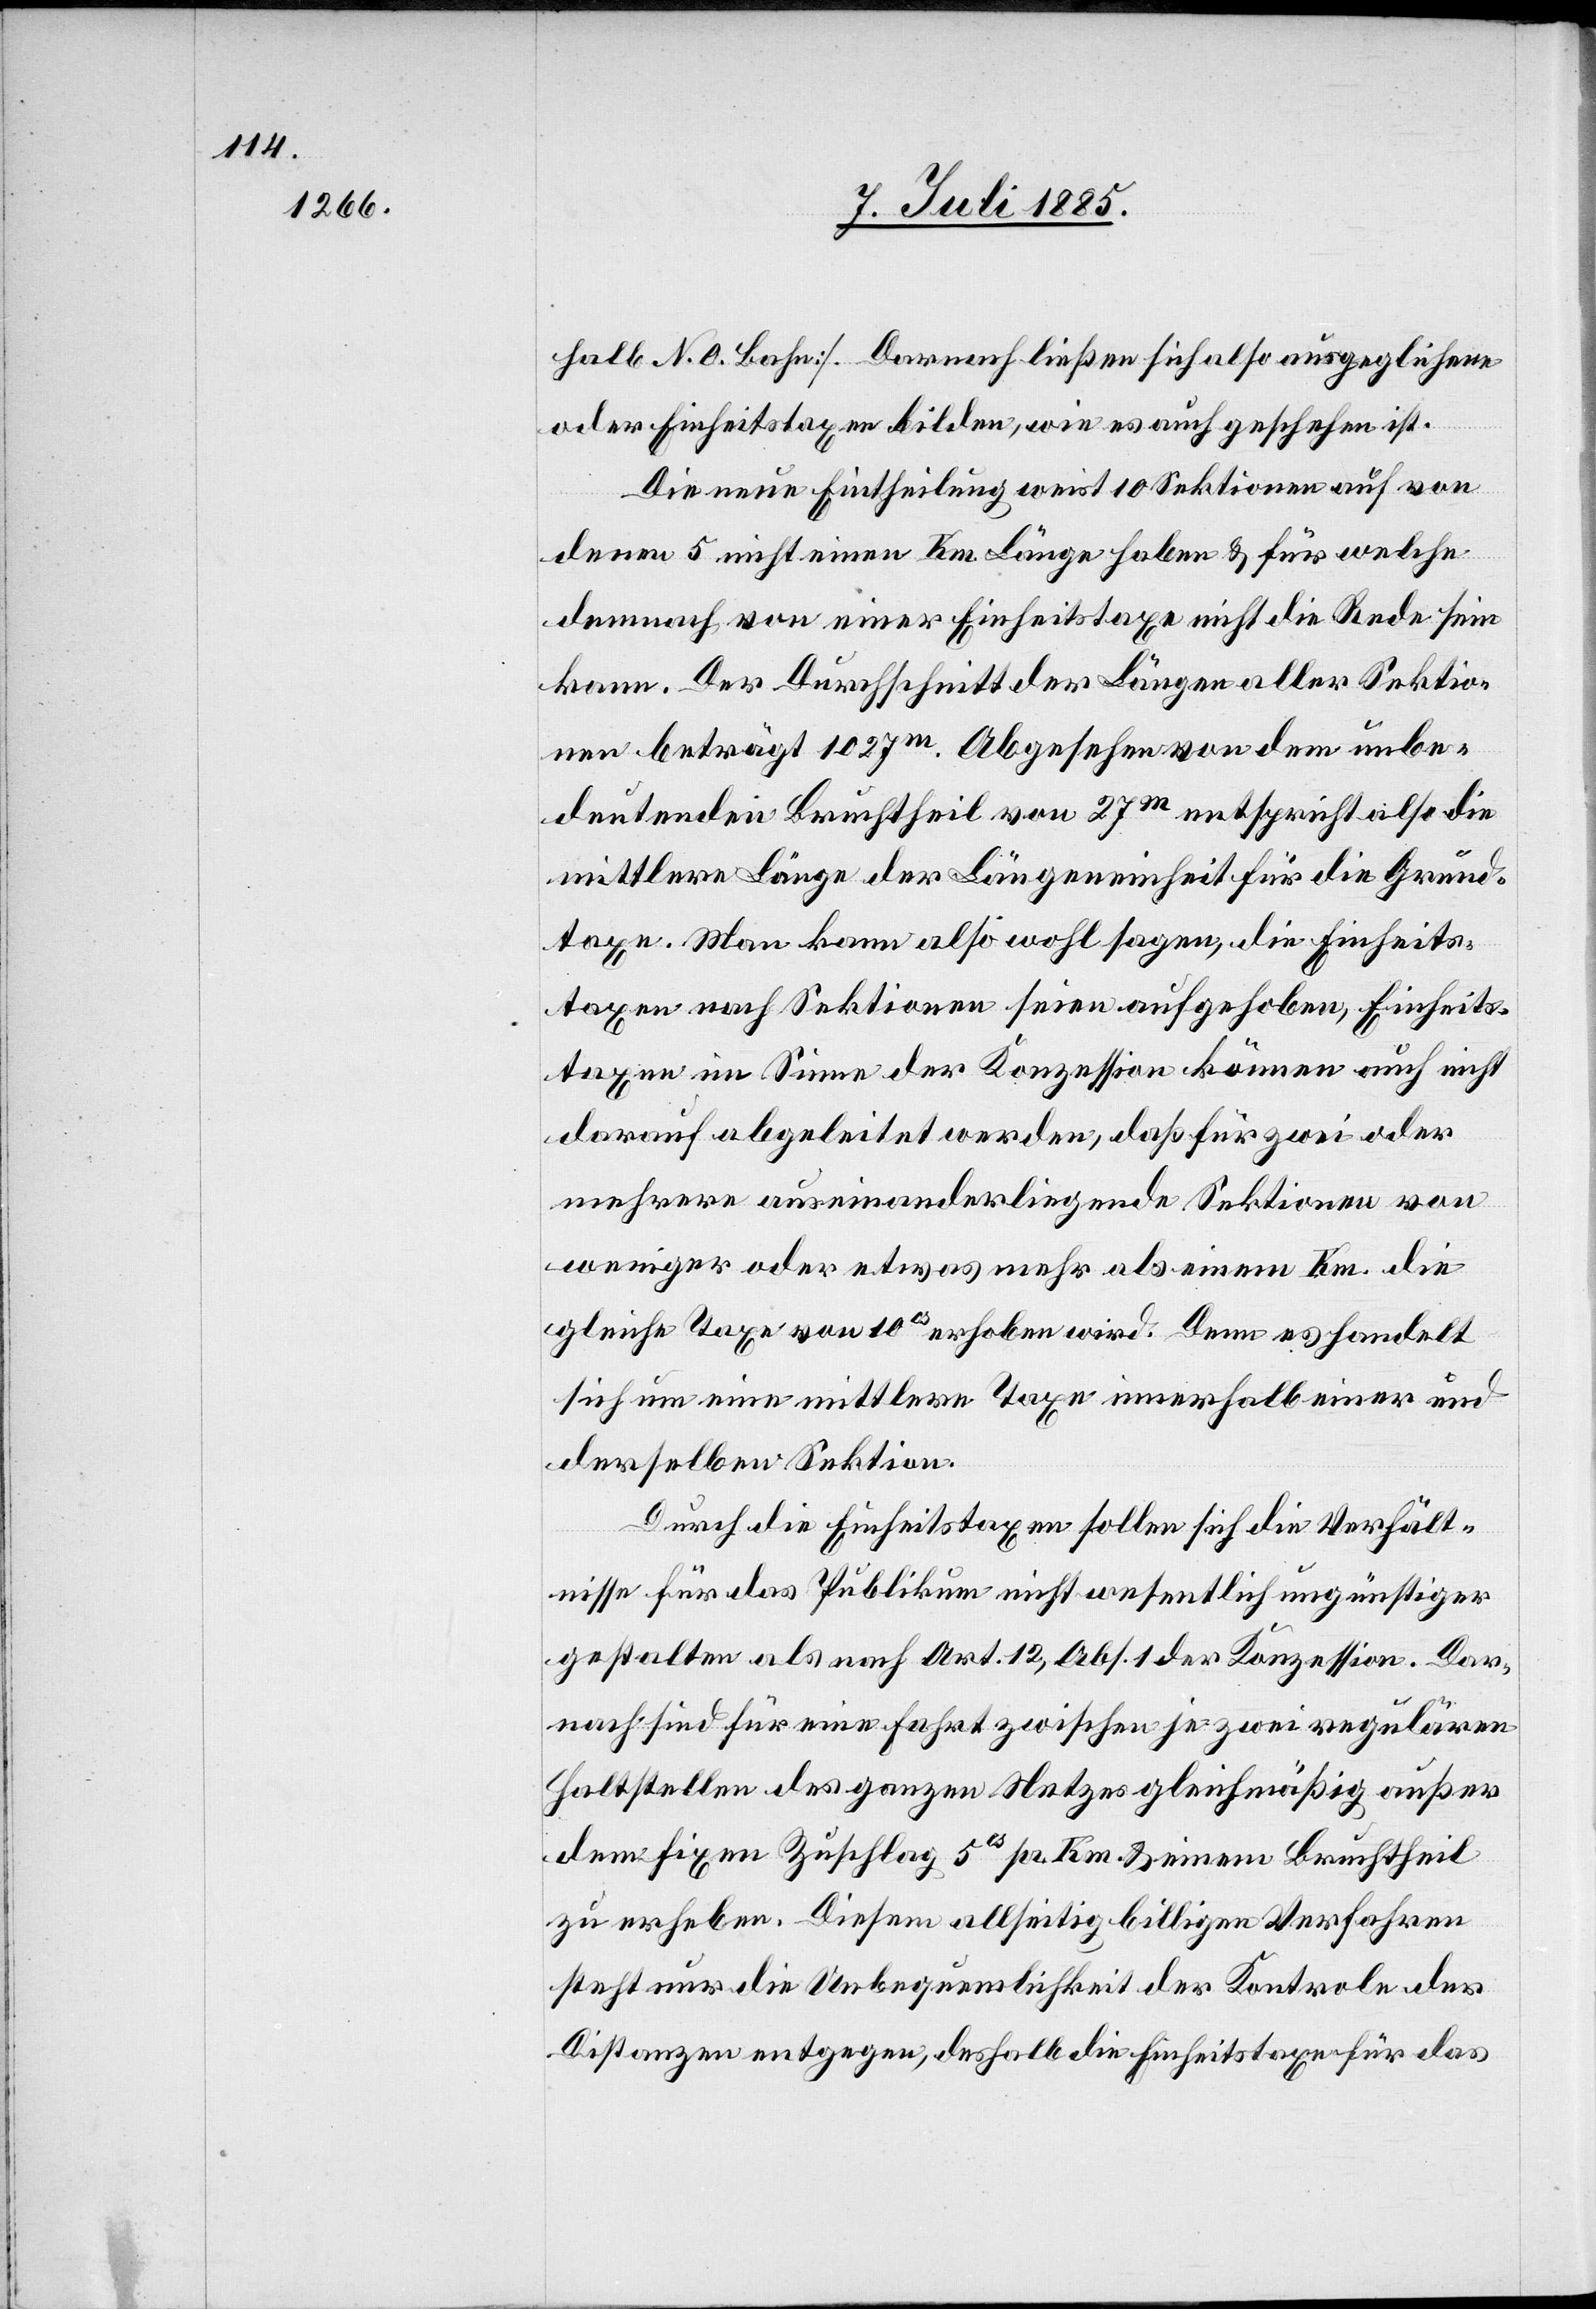
halb N. O. Bahn]. Darnach ließen sich also ausgeglichene
oder Einheitstaxen bilden, wie es auch geschehen ist.
Die neue Eintheilung weist 10 Sektionen auf von
denen 5 nicht einen Km Länge haben & für welche
demnach von einer Einheitstaxe nicht die Rede sein
kann. Der Durchschnitt der Längen aller Sektio¬
nen beträgt 1027m. Abgesehen von dem unbe¬
deutenden Bruchtheil von 27m entspricht also die
mittlere Länge der Längeneinheit für die Grund¬
taxe. Man kann also wohl sagen, die Einheits¬
taxen nach Sektionen seien aufgehoben, Einheits¬
taxen im Sine der Konzession können auch nicht
darauf abgeleitet werden, daß für zwei oder
mehrere auseinanderliegende Sektionen von
weniger oder etwas mehr als einen Km. die
gleiche Taxe von 10cs erhoben wird. Denn es handelt
sich um eine mittlere Taxe innerhalb einer und
derselben Sektion.
Durch die Einheitstaxen sollen sich die Verhält¬
nisse für das Publikum nicht wesentlich ungünstiger
gestalten als nach Art. 12, Abs. 1 der Konzession. Dar¬
nach sind für eine Fahrt zwischen je zwei regulären
Haltstellen des ganzen Netzes gleichmäßig außer
dem fixen Zuschlag 5cs pr. Km. & einen Bruchtheil
zu erheben. Diesem allseitig billigen Verfahren
steht nur Unbequemlichkeit der Kontrole der
Distanzen entgegen, deshalb die Einheitstaxe für das